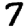
Digit: 7